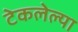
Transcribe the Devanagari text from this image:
टेकलेल्या